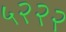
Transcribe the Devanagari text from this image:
५२२२